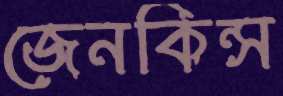
জেনকিন্স